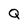
Character: Q